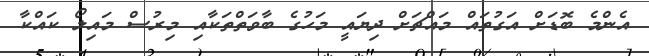
އެންމެ ބޮޑަށް އަގުތައް މައްޗަށް ދިޔައީ މަހުގެ ބާވަތްތަކާއި މިރުސް މައިލޯ ކައްކާ